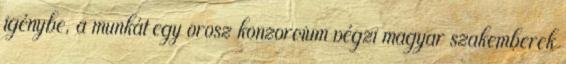
igénybe, a munkát egy orosz konzorcium végzi magyar szakemberek